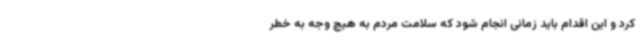
کرد و این اقدام باید زمانی انجام شود که سلامت مردم به هیچ وجه به خطر